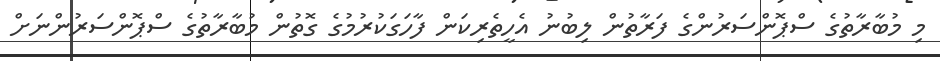
މި މުބާރާތުގެ ސްޕޮންސަރުންގެ ފަރާތުން ލިބުނު އެހީތެރިކަން ފާހަގަކުރުމުގެ ގޮތުން މުބާރާތުގެ ސްޕޮންސަރުންނަށް